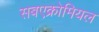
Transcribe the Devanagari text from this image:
सबएक्रोमियल